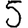
Digit: 5